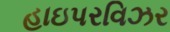
હાઇપરવિઝર